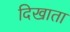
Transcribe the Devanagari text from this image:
दिखाता